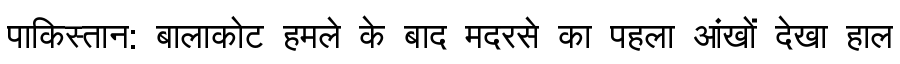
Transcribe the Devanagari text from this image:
पाकिस्तान: बालाकोट हमले के बाद मदरसे का पहला आंखों देखा हाल